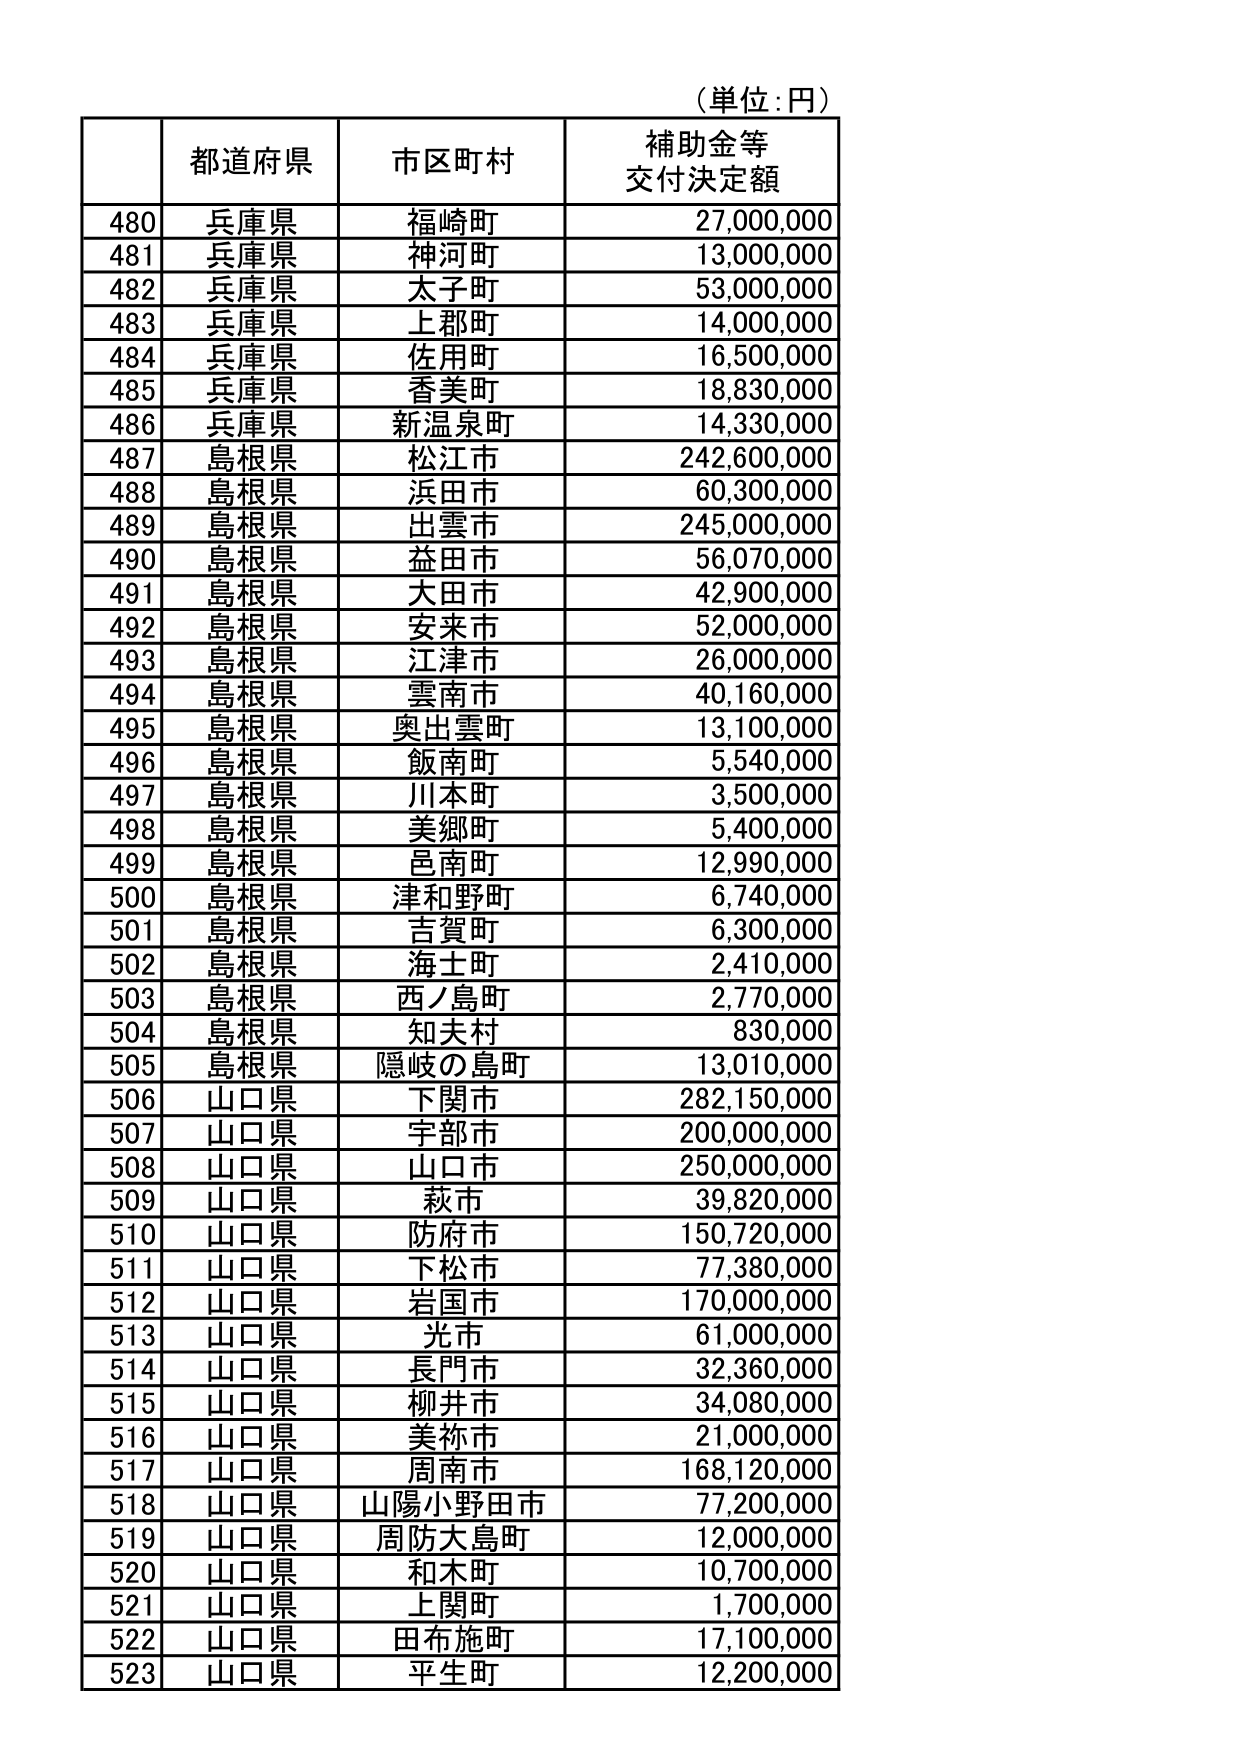
（単位：円）

| | 都道府県 | 市区町村 | 補助金等 交付決定額 |
|---|---|---|---|
| 480 | 兵庫県 | 福崎町 | 27,000,000 |
| 481 | 兵庫県 | 神河町 | 13,000,000 |
| 482 | 兵庫県 | 太子町 | 53,000,000 |
| 483 | 兵庫県 | 上郡町 | 14,000,000 |
| 484 | 兵庫県 | 佐用町 | 16,500,000 |
| 485 | 兵庫県 | 香美町 | 18,830,000 |
| 486 | 兵庫県 | 新温泉町 | 14,330,000 |
| 487 | 島根県 | 松江市 | 242,600,000 |
| 488 | 島根県 | 浜田市 | 60,300,000 |
| 489 | 島根県 | 出雲市 | 245,000,000 |
| 490 | 島根県 | 益田市 | 56,070,000 |
| 491 | 島根県 | 大田市 | 42,900,000 |
| 492 | 島根県 | 安来市 | 52,000,000 |
| 493 | 島根県 | 江津市 | 26,000,000 |
| 494 | 島根県 | 雲南市 | 40,160,000 |
| 495 | 島根県 | 奥出雲町 | 13,100,000 |
| 496 | 島根県 | 飯南町 | 5,540,000 |
| 497 | 島根県 | 川本町 | 3,500,000 |
| 498 | 島根県 | 美郷町 | 5,400,000 |
| 499 | 島根県 | 邑南町 | 12,990,000 |
| 500 | 島根県 | 津和野町 | 6,740,000 |
| 501 | 島根県 | 吉賀町 | 6,300,000 |
| 502 | 島根県 | 海士町 | 2,410,000 |
| 503 | 島根県 | 西ノ島町 | 2,770,000 |
| 504 | 島根県 | 知夫村 | 830,000 |
| 505 | 島根県 | 隠岐の島町 | 13,010,000 |
| 506 | 山口県 | 下関市 | 282,150,000 |
| 507 | 山口県 | 宇部市 | 200,000,000 |
| 508 | 山口県 | 山口市 | 250,000,000 |
| 509 | 山口県 | 萩市 | 39,820,000 |
| 510 | 山口県 | 防府市 | 150,720,000 |
| 511 | 山口県 | 下松市 | 77,380,000 |
| 512 | 山口県 | 岩国市 | 170,000,000 |
| 513 | 山口県 | 光市 | 61,000,000 |
| 514 | 山口県 | 長門市 | 32,360,000 |
| 515 | 山口県 | 柳井市 | 34,080,000 |
| 516 | 山口県 | 美祢市 | 21,000,000 |
| 517 | 山口県 | 周南市 | 168,120,000 |
| 518 | 山口県 | 山陽小野田市 | 77,200,000 |
| 519 | 山口県 | 周防大島町 | 12,000,000 |
| 520 | 山口県 | 和木町 | 10,700,000 |
| 521 | 山口県 | 上関町 | 1,700,000 |
| 522 | 山口県 | 田布施町 | 17,100,000 |
| 523 | 山口県 | 平生町 | 12,200,000 |